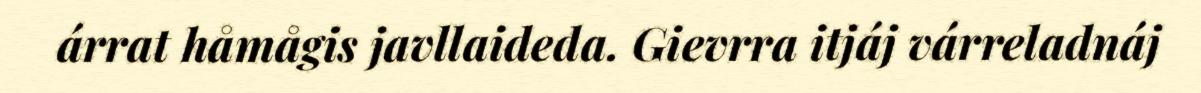
árrat håmågis javllaideda. Gievrra itjáj várreladnáj